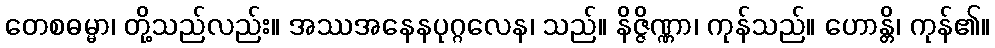
တေစဓမ္မာ၊ တို့သည်လည်း။ အဿအနေနပုဂ္ဂလေန၊ သည်။ နိဇ္ဇိဏ္ဏာ၊ ကုန်သည်။ ဟောန္တိ၊ ကုန်၏။